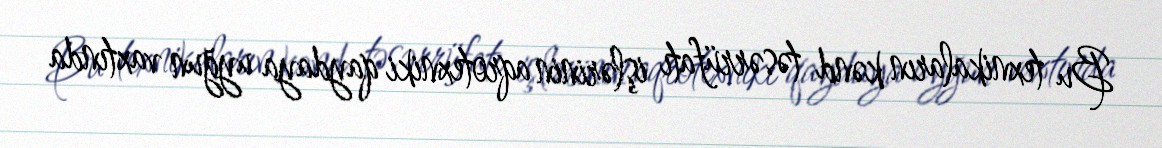
Bu texnikaların kənd təsərrüfatı işlərinin aqrotexniki qaydaya uyğun vaxtında